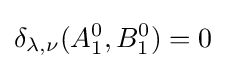
\delta _{\lambda ,\nu }(A_{1}^{0},B_{1}^{0})=0